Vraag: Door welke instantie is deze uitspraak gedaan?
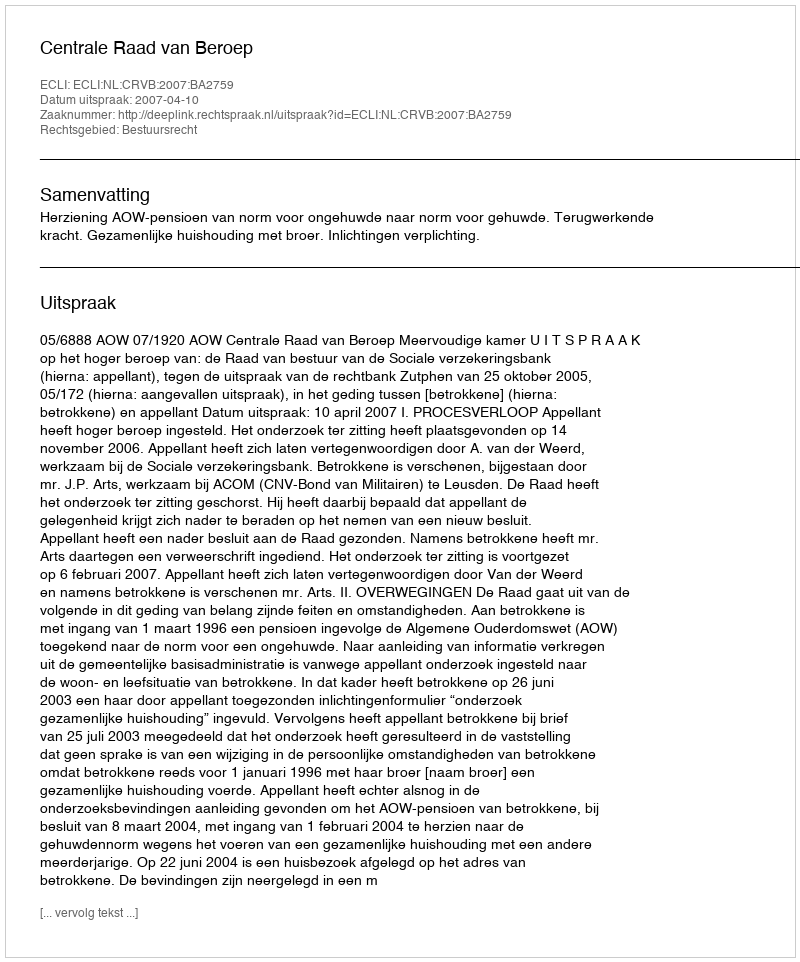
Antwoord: Centrale Raad van Beroep